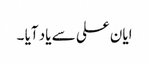
ایان علی سے یاد آیا ۔